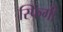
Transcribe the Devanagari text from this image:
स्फिंगी